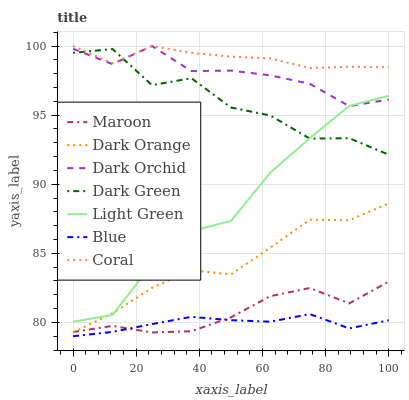
| xaxis_label | Maroon | Dark Orange | Dark Orchid | Dark Green | Light Green | Blue | Coral |
 | --- | --- | --- | --- | --- | --- | --- | --- |
 | 0 | 79.3 | 79.3 | 99.8 | 99.5 | 80 | 79 | 100 |
 | 12.5 | 79.7 | 80.7 | 98.7 | 99.8 | 80.5 | 79.3 | 98.7 |
 | 25 | 79.3 | 82.5 | 100 | 97.2 | 84.2 | 79.9 | 100 |
 | 37.5 | 79.4 | 83.8 | 98.2 | 97.7 | 86.6 | 80.4 | 99.5 |
 | 50 | 80.4 | 83.5 | 98.2 | 95.6 | 87.3 | 80.2 | 99.2 |
 | 62.5 | 81.9 | 85.4 | 97.9 | 95 | 90.8 | 80.1 | 99.1 |
 | 75 | 82.5 | 87.4 | 97.3 | 93.3 | 93.3 | 80.6 | 98.4 |
 | 87.5 | 81.4 | 87.4 | 95.6 | 93.3 | 95.7 | 79.6 | 98.5 |
 | 100 | 83 | 88.6 | 96.1 | 92.1 | 96.4 | 80.2 | 98.5 |